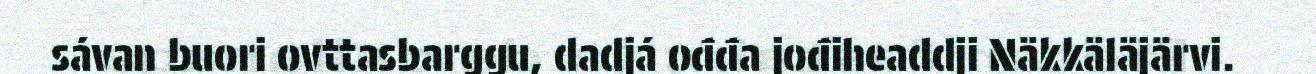
sávan buori ovttasbarggu, dadjá ođđa jođiheaddji Näkkäläjärvi.